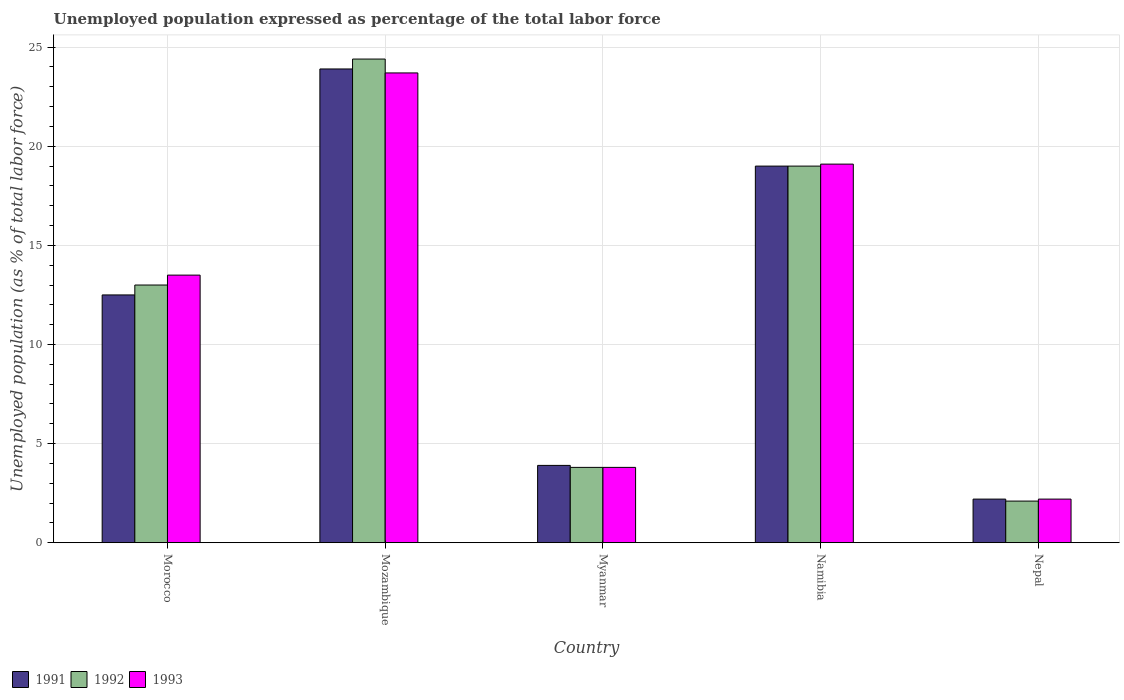
| Country | 1991 | 1992 | 1993 |
 | --- | --- | --- | --- |
 | Morocco | 12.5 | 13 | 13.5 |
 | Mozambique | 23.9 | 24.4 | 23.7 |
 | Myanmar | 3.9 | 3.8 | 3.8 |
 | Namibia | 19 | 19 | 19.1 |
 | Nepal | 2.2 | 2.1 | 2.2 |